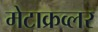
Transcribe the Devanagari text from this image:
मेटाक्रव्लर